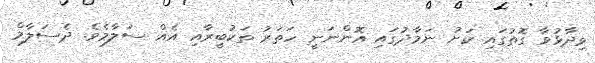
ވިދާޅުވާ ގޮތުގައި ކަށު ނަމާދުގައި އޮންނަނީ ހަތަރު ތަކުބީރާއި އެއް ސަލާމެވެ. ދެސަލާމް